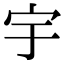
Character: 宇